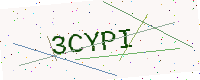
Text: 3CYPI